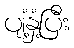
ပျံ့နှံ့ပြီး